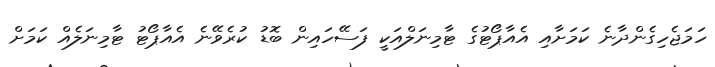
ހަމަޖެހިގެންދާނެ ކަމަށާއި އެއާޕޯޓުގެ ޓާމިނަލްއަކީ ފަސޭހައިން ބޮޑު ކުރެވޭނެ އެއާޕޯޓު ޓާމިނަލެއް ކަމަށް